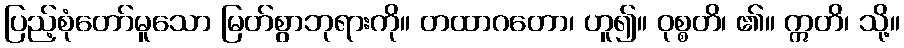
ပြည့်စုံတော်မူသော မြတ်စွာဘုရားကို။ တထာဂတော၊ ဟူ၍။ ဝုစ္စတိ၊ ၏။ ဣတိ၊ သို့။